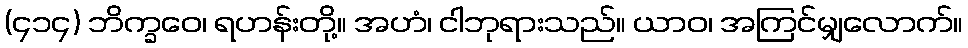
(၄၁၄) ဘိက္ခဝေ၊ ရဟန်းတို့။ အဟံ၊ ငါဘုရားသည်။ ယာဝ၊ အကြင်မျှလောက်။